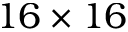
1 6 \times 1 6